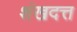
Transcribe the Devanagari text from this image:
शंखदत्त